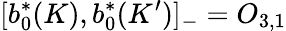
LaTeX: \lbrack b_{0}^{\ast}(K),b_{0}^{\ast}(K^{\prime})]_{-}=O_{3,1}